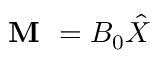
\textbf { M } = B _ { 0 } \hat { X }